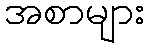
အစာများ